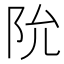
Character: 阭